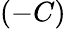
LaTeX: (-C)